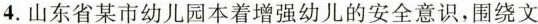
4. 山东省某市幼儿园本着增强幼儿的安全意识，围绕文